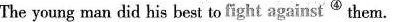
The young man did his best to fight against ^{④} them.